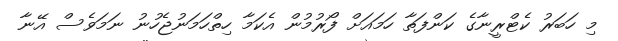
މި ހަބަރު ކެޓްރީނާގެ ކަންފަތާ ހަމައަށް ފޯރުމުން އެކަމާ ހިތްހަމަނުޖެހުނު ނަމަވެސް އޭނާ